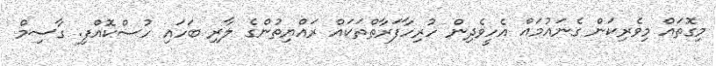
މިގޮތައް މިވެރިކަން ގެނައުމައް އެހީވެދިން ހުރިހާފަރާތްތަކައް ރައްޔިތުންގެ ލާރި ބަހައި ހުސްކޮއްފި. ގާސިމް